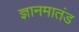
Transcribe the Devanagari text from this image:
ज्ञानमातंड